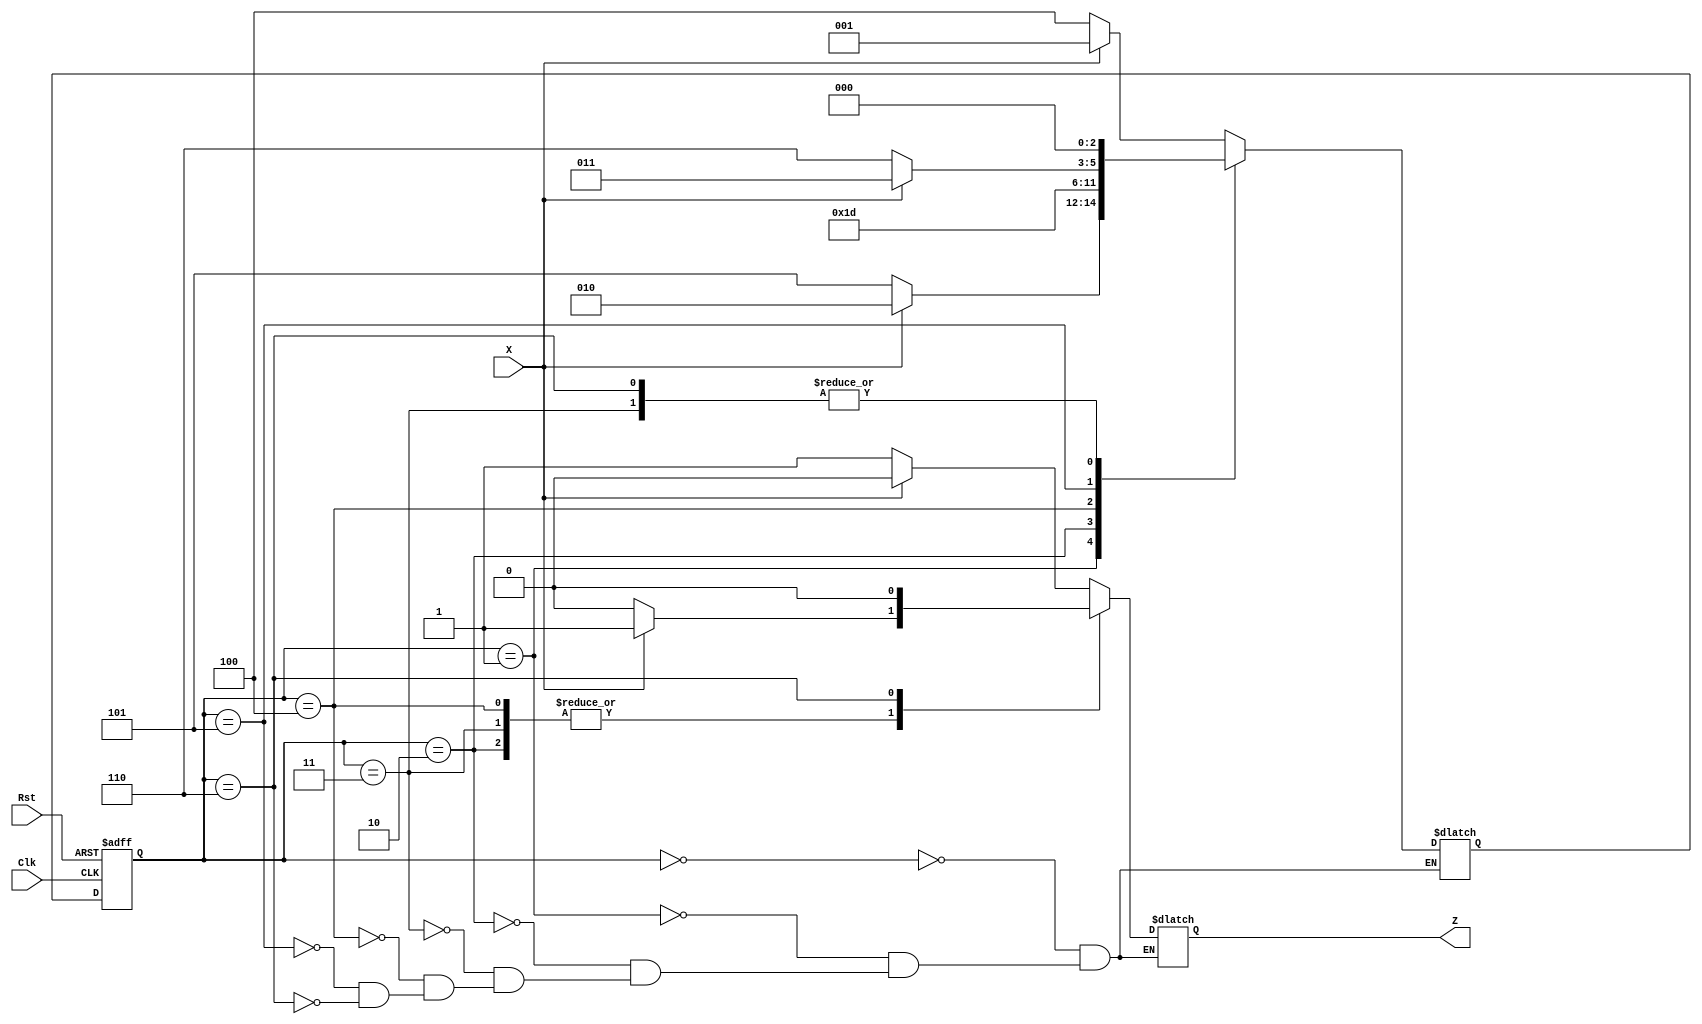
`timescale 1ns / 1ns
module Lab3_Converter_state_diagram(
    input X,
    input Clk,
    input Rst,
    output reg Z
);
    reg [2:0] S, NS;
    localparam S0 = 3'b000,
               S1 = 3'b001,
               S2 = 3'b010,
               S3 = 3'b011,
               S4 = 3'b100,
               S5 = 3'b101,
               S6 = 3'b110,
               Sx = 3'bxxx;
    
    always @(posedge Clk, negedge Rst)
        if (!Rst) S <= S0;
        else S <= NS;

    always @(*)
        case(S)
            S0: NS = (X == 0) ? S4 : S1;
            S1: NS = (X == 0) ? S5 : S2;
            S2: NS = (X == 0) ? S3 : S3;
            S3: NS = (X == 0) ? S0 : S0;
            S4: NS = (X == 0) ? S5 : S5;
            S5: NS = (X == 0) ? S6 : S3;
            S6: NS = (X == 0) ? Sx : S0;
        endcase

    always @(*)
        case(S)
            S0: Z = (X == 0) ? 1'b1 : 1'b0;
            S1: Z = (X == 0) ? 1'b1 : 1'b0;
            S2: Z = (X == 0) ? 1'b0 : 1'b1;
            S3: Z = (X == 0) ? 1'b0 : 1'b1;
            S4: Z = (X == 0) ? 1'b0 : 1'b1;
            S5: Z = (X == 0) ? 1'b1 : 1'b0;
            S6: Z = (X == 0) ? 1'bx : 1'b0;
        endcase
endmodule